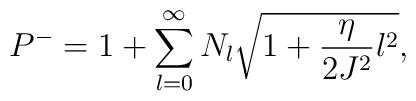
P^-=1+\sum_{l=0}^\infty N_l\sqrt{1+\frac{\eta}{2J^2}l^2},